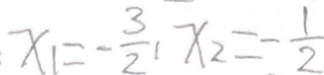
x _ { 1 } = - \frac { 3 } { 2 } , x _ { 2 } = - \frac { 1 } { 2 }